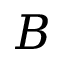
B